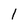
Character: 1